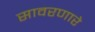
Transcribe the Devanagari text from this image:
सावरणारे